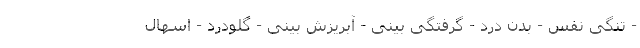
- تنگی نفس - بدن درد - گرفتگی بینی - آبریزش بینی - گلودرد - اسهال